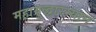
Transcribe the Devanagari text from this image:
महायुद्धारम्यान